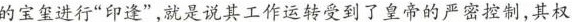
的宝玺进行”印逢”，就是说其工作运转受到了皇帝的严密控制，其权力